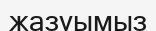
жазуымыз